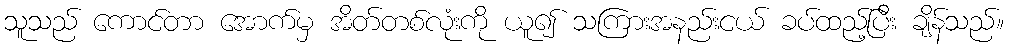
သူသည် ကောင်တာ အောက်မှ အိတ်တစ်လုံးကို ယူ၍ သကြားအနည်းငယ် ခပ်ထည့်ပြီး ချိန်သည်။